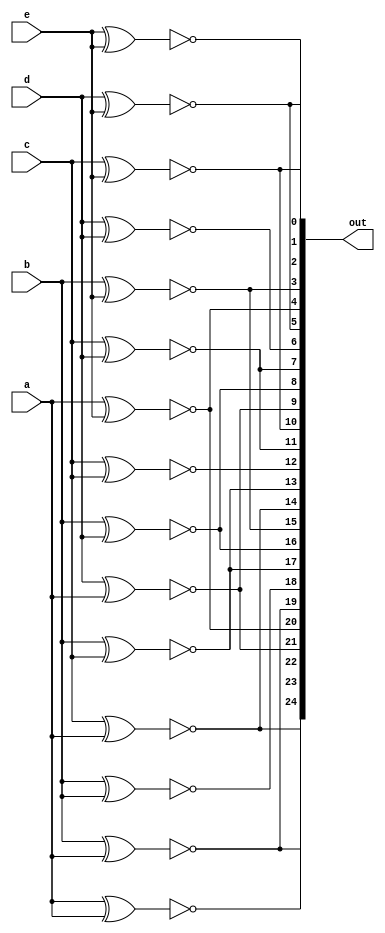
module top_module (
    input wire a, b, c, d, e,
    output wire [24:0] out
);
    // Perform all pairwise comparisons and store the results in `out`
    assign out[24] = ~(a ^ a); // Always 1 because a == a
    assign out[23] = ~(a ^ b);
    assign out[22] = ~(a ^ c);
    assign out[21] = ~(a ^ d);
    assign out[20] = ~(a ^ e);
    
    assign out[19] = ~(b ^ a);
    assign out[18] = ~(b ^ b); // Always 1 because b == b
    assign out[17] = ~(b ^ c);
    assign out[16] = ~(b ^ d);
    assign out[15] = ~(b ^ e);
    
    assign out[14] = ~(c ^ a);
    assign out[13] = ~(c ^ b);
    assign out[12] = ~(c ^ c); // Always 1 because c == c
    assign out[11] = ~(c ^ d);
    assign out[10] = ~(c ^ e);
    
    assign out[9] = ~(d ^ a);
    assign out[8] = ~(d ^ b);
    assign out[7] = ~(d ^ c);
    assign out[6] = ~(d ^ d); // Always 1 because d == d
    assign out[5] = ~(d ^ e);
    
    assign out[4] = ~(e ^ a);
    assign out[3] = ~(e ^ b);
    assign out[2] = ~(e ^ c);
    assign out[1] = ~(e ^ d);
    assign out[0] = ~(e ^ e); // Always 1 because e == e
endmodule